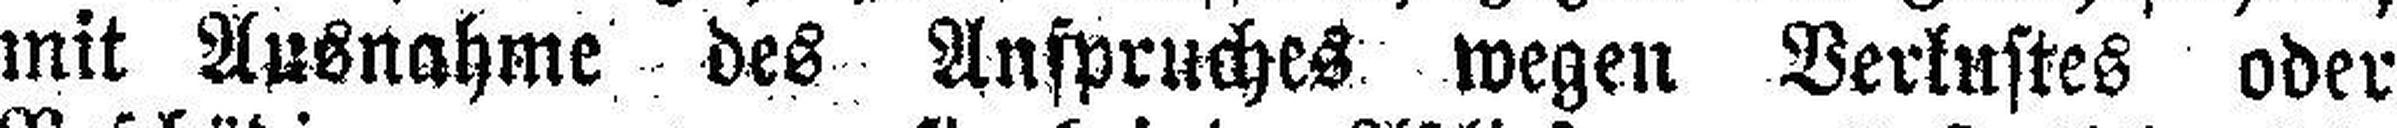
mit Ausnahme des Anspruches wegen Verlustes oder